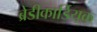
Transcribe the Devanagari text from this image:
ब्रेडीकार्डियक